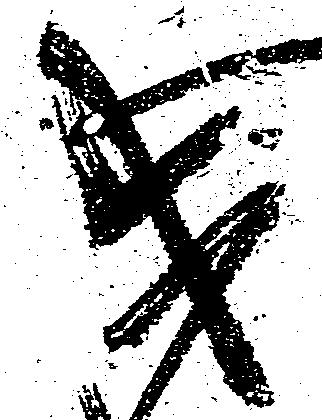
成